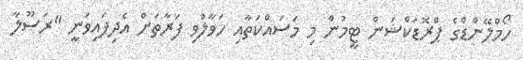
ހޯމްލޭންޑްގެ ޕްރޮޑަކްޝަން ޓީމުން މި މަސައްކަތާއި ހަވާލުވި ފަރާތަށް އެދިފައިވަނީ "ރަސޫލާ